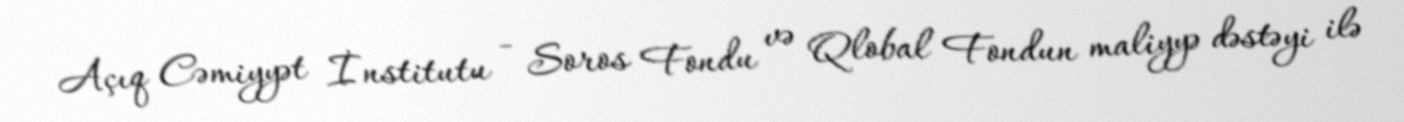
Açıq Cəmiyyət İnstitutu - Soros Fondu və Qlobal Fondun maliyyə dəstəyi ilə